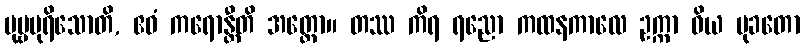
ပုဗ္ဗပုရိသောတိ, ဧဝံ ကရောန္တီတိ အတ္ထော။ တဿ ကိရ ရညော ကထနကာလေ ဥက္ကာ ဝိယ မုခတော